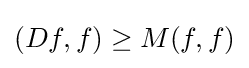
(Df,f)\geq M(f,f)